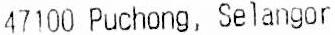
47100 PUCHONG, SELANGOR